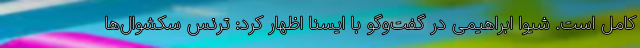
کامل است. شیوا ابراهیمی در گفت‌وگو با ایسنا اظهار کرد: ترنس سکشوال‌ها